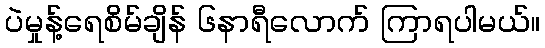
ပဲမှုန့်ရေစိမ်ချိန် ၆နာရီလောက် ကြာရပါမယ်။